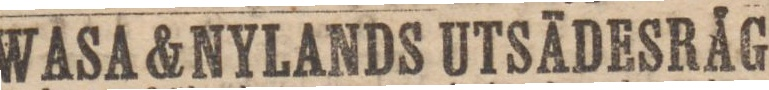
WASA & NYLANDS UTSÄDESRÅG